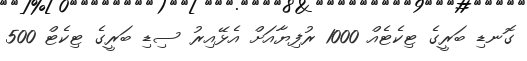
ގޮނޑި ބަރީގެ ޓިކެޓެއް 1000 ރުފިޔާއަށް އެޅޭއިރު ސިޑި ބަރީގެ ޓިކެޓް 500